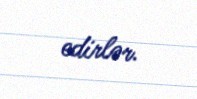
edirlər.